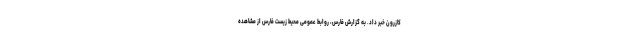
کازرون خبر داد. به گزارش فارس، روابط عمومی محیط زیست فارس از مشاهده